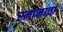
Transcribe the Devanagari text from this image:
स्नानाचा